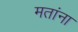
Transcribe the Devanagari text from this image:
मतांना